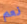
نعم